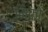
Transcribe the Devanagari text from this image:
मिको